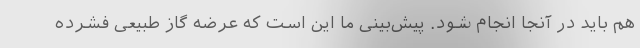
هم باید در آنجا انجام شود. پیش‌بینی ما این است که عرضه گاز طبیعی فشرده